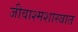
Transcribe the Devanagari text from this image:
जीवाश्मशास्त्रात